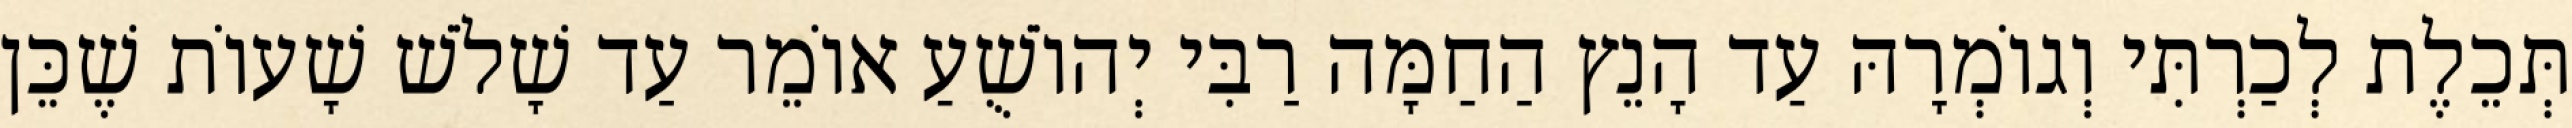
תְּכֵלֶת לְכַרְתִּי וְגוֹמְרָהּ עַד הָנֵץ הַחַמָּה רַבִּי יְהוֹשֻׁעַ אוֹמֵר עַד שָׁלֹשׁ שָׁעוֹת שֶׁכֵּן